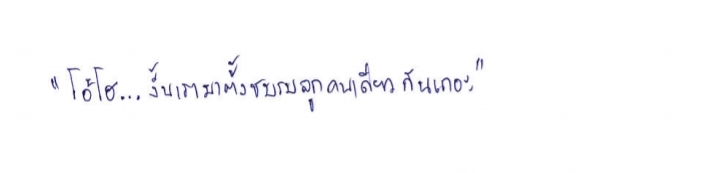
"โอ้โฮ...งั้นเรามาตั้งชมรมลูกคนเดียวกันเถอะ"